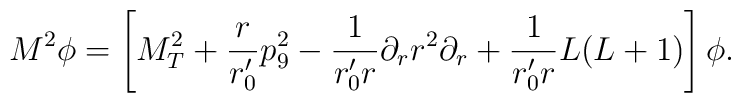
M^2\phi=\left[M_T^2+\frac{r}{r_0'}p_9^2           -\frac{1}{r_0'r}\partial_rr^2\partial_r           +\frac{1}{r_0'r}L(L+1)\right]\phi.